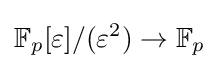
\mathbb {F} _{p}[\varepsilon ]/(\varepsilon ^{2})\to \mathbb {F} _{p}